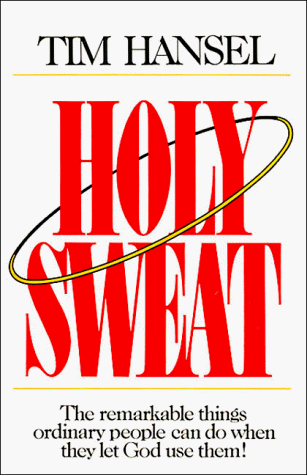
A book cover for Holy Sweat!; Tim Hansel; Christian Books & Bibles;